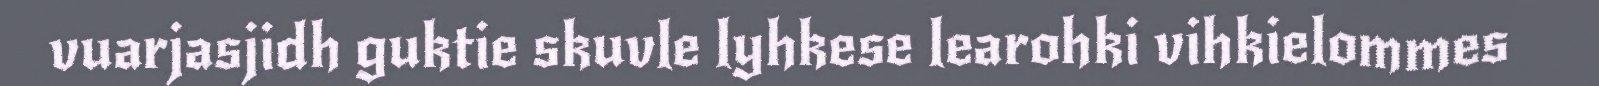
vuarjasjidh guktie skuvle lyhkese learohki vihkielommes